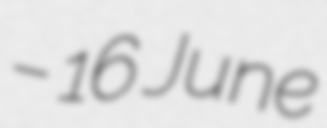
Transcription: – 16 June